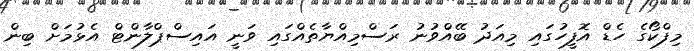
މިފްކޯގެ ހެޑް އޮފީހުގައި މިއަދު ބޭއްވުނު ރަސްމިއްޔާތެއްގައި ވަނީ އައިސްޕްލާންޓް އެޅުމަށް ބިން